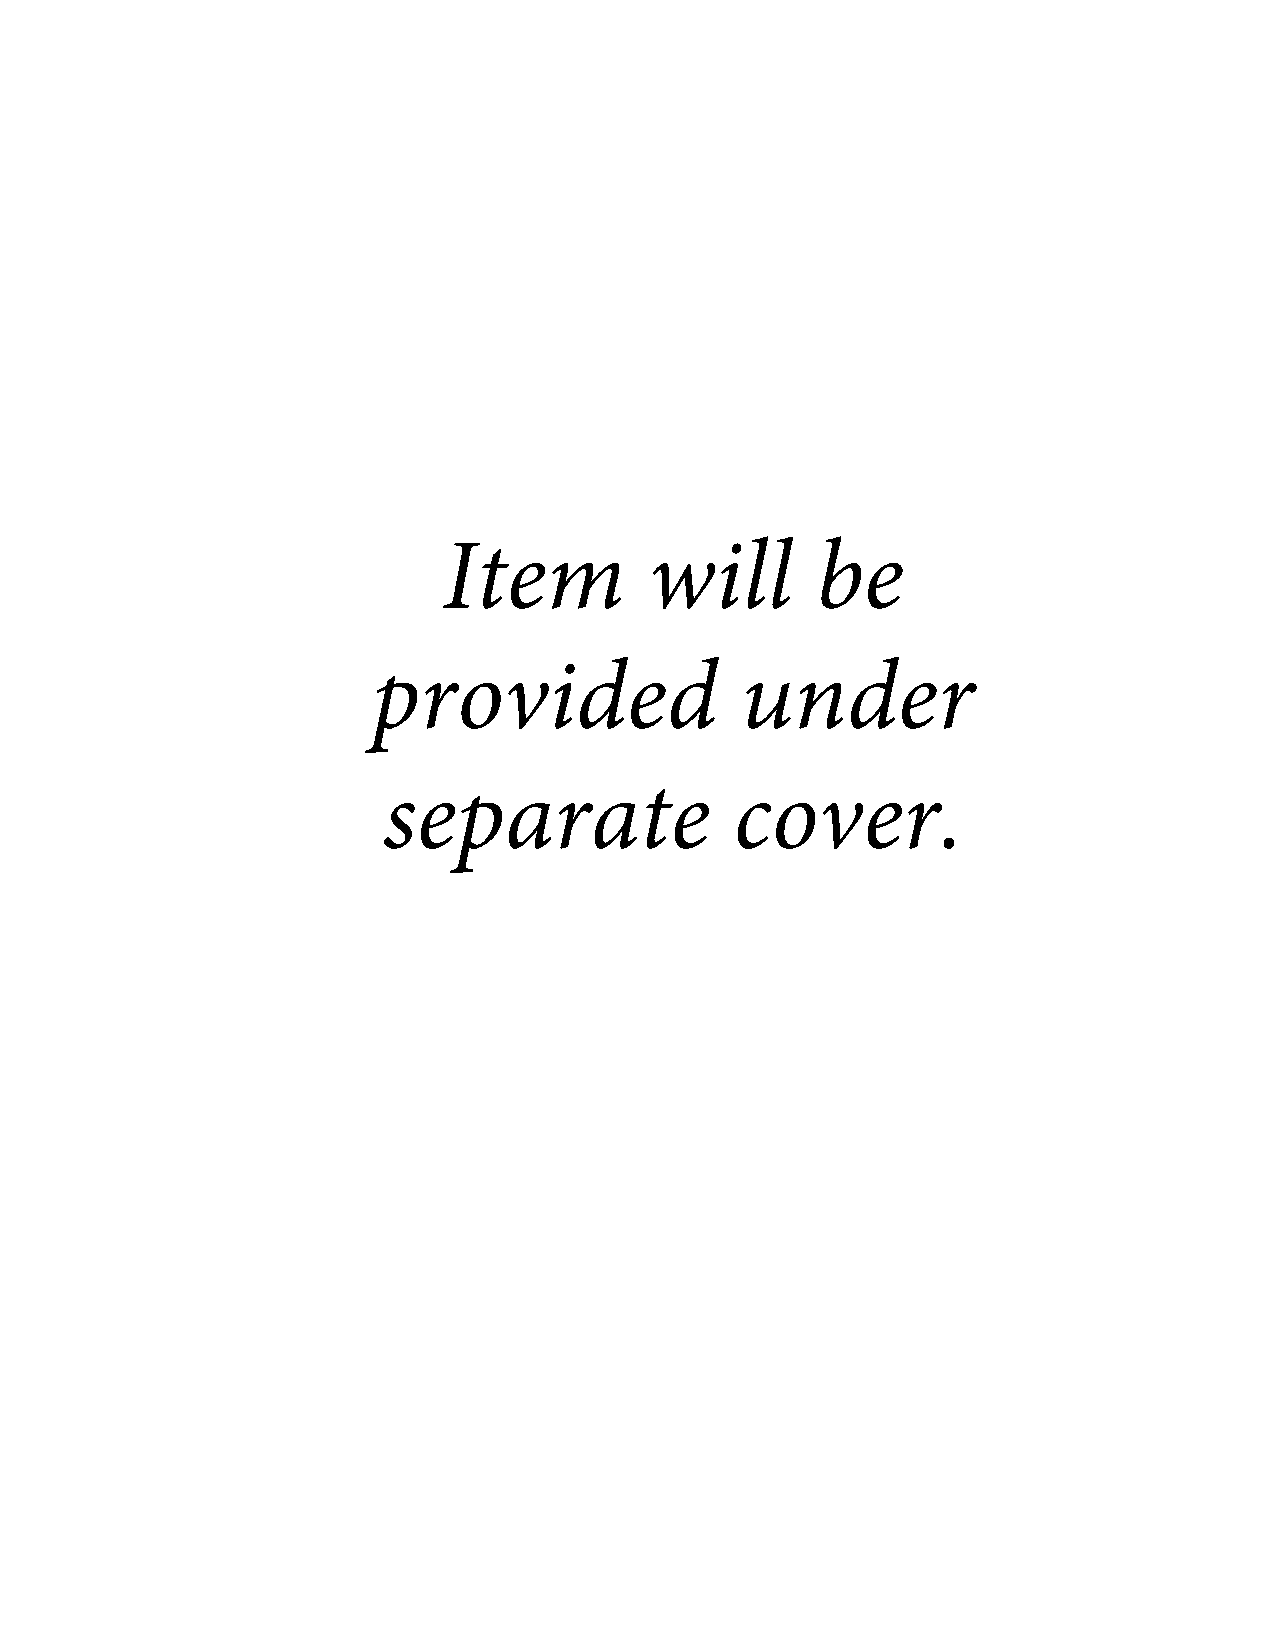
Item          will       be
 provided                under
 separate                cover.